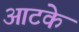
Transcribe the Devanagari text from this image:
आटके